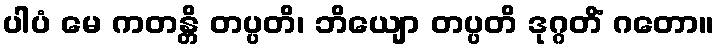
ပါပံ မေ ကတန္တိ တပ္ပတိ၊ ဘိယျော တပ္ပတိ ဒုဂ္ဂတိံ ဂတော။